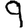
Digit: 9